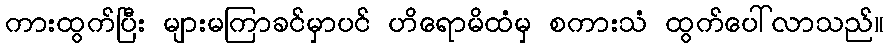
ကားထွက်ပြီး များမကြာခင်မှာပင် ဟိရောမိထံမှ စကားသံ ထွက်ပေါ်လာသည်။